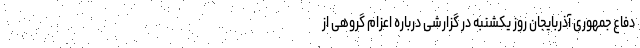
دفاع جمهوری آذربایجان روز یکشنبه در گزارشی درباره اعزام گروهی از